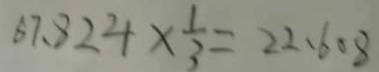
6 7 . 8 2 4 \times \frac { 1 } { 3 } = 2 2 . 6 0 8